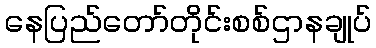
နေပြည်တော်တိုင်းစစ်ဌာနချုပ်